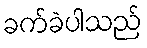
ခက်ခဲပါသည်